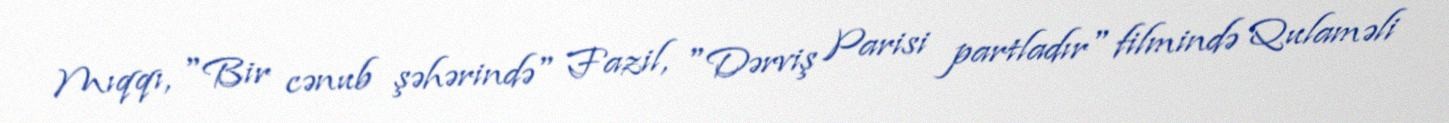
Mıqqı, "Bir cənub şəhərində" Fazil, "Dərviş Parisi partladır" filmində Qulaməli